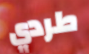
طردي